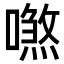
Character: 𠿼